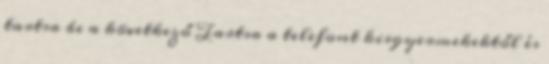
tartsa be a következő Tartsa a telefont kisgyermekektől és